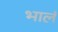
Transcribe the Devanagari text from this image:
भालं